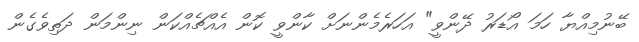
ބޭނުމިއްޔާ ހަމަ އޯޑަރު ދޭންވީ" އަހަރެމެންނަށް ކާންވީ ކޮން އެއްޗެއްކަން ނިންމަން ދަތިވެގެން